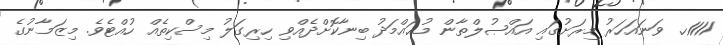
1111ހ. ވަނައަހަރު މިރަށުގައި އައްޞުލްތާން މުޙައްމަދު ބިނާކޮށްދެއްވި ހިރިގަލު މިސްކިތެއް ހުއްޓެވެ. މިޒަމާނުގެ